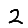
Digit: 2